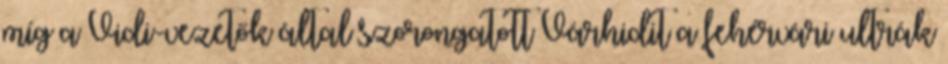
míg a Vidi-vezetők által szorongatott Várhidit a fehérvári ultrák